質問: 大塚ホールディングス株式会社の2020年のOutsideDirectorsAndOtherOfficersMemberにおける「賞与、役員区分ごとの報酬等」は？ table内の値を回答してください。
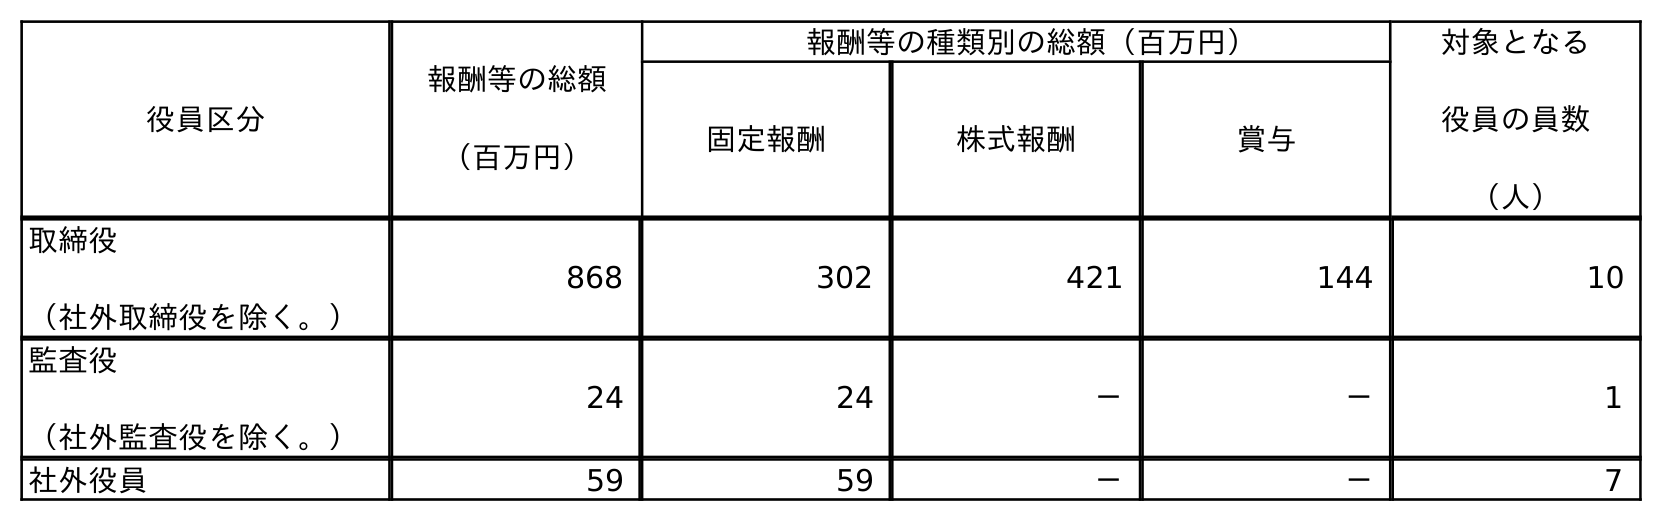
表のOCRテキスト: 役員区分 報酬等の総額 （百万円） 報酬等の種類別の総額（百万円） 対象となる 役員の員数 （人） 固定報酬 株式報酬 賞与 取締役 （社外取締役を除く。） 868 302 421 144 10 監査役 （社外監査役を除く。） 24 24 － － 1 社外役員 59 59 － － 7
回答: －